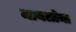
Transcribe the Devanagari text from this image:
मायलोमा